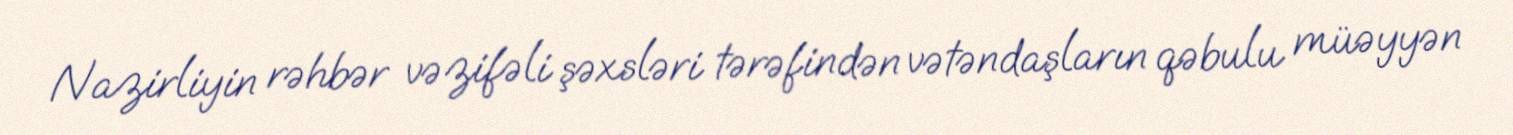
Nazirliyin rəhbər vəzifəli şəxsləri tərəfindən vətəndaşların qəbulu müəyyən